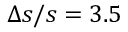
\Delta s / s = 3 . 5